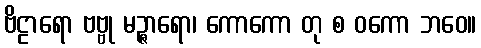
ဗိဠာရော ဗဗ္ဗု မဉ္ဇာရော၊ ကောကော တု စ ဝကော ဘဝေ။